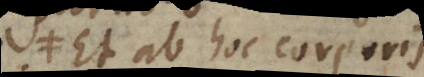
Et ab hoc corporis